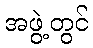
အဖွဲ့တွင်